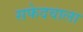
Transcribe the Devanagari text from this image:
सफेदवाला